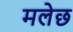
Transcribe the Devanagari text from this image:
मलेछ